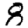
Digit: 8